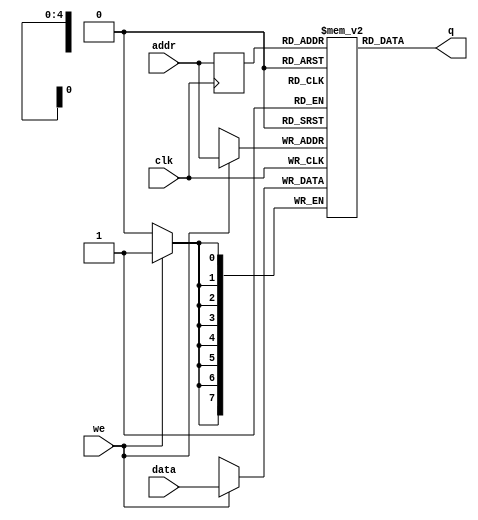
// Quartus Prime Verilog Template
// Single port RAM with single read/write address 

module single_port_ram 
(
	input [7:0] data,
	input [4:0] addr,
	input we, clk,
	output [7:0] q
);

	// Declare the RAM variable
	reg [7:0] ram[31:0];

	// Variable to hold the registered read address
	reg [4:0] addr_reg;

	always @ (posedge clk)
	begin
		// Write
		if (we)
			ram[addr] <= data;

		addr_reg <= addr;
	end

	// Continuous assignment implies read returns NEW data.
	// This is the natural behavior of the TriMatrix memory
	// blocks in Single Port mode.  
	assign q = ram[addr_reg];

endmodule